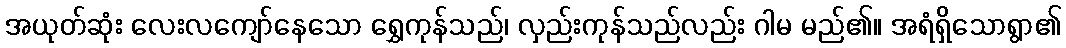
အယုတ်ဆုံး လေးလကျော်နေသော ရွှေကုန်သည်၊ လှည်းကုန်သည်လည်း ဂါမ မည်၏။ အရံရှိသောရွာ၏